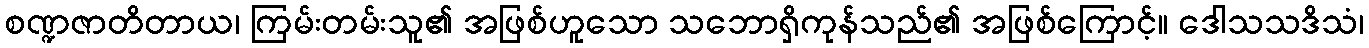
စဏ္ဍဇာတိတာယ၊ ကြမ်းတမ်းသူ၏ အဖြစ်ဟူသော သဘောရှိကုန်သည်၏ အဖြစ်ကြောင့်။ ဒေါသသဒိသံ၊